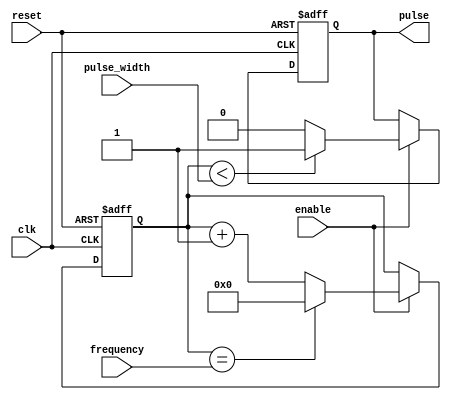
module Programmable_Pulse_Generator(
    input wire clk,
    input wire reset,
    input wire [31:0] pulse_width,
    input wire [31:0] frequency,
    input wire enable,
    output reg pulse
);

reg [31:0] count = 0;
reg [31:0] pulse_count = 0;
reg pulse_out = 0;

always @(posedge clk or posedge reset) begin
    if (reset) begin
        count <= 0;
        pulse_count <= 0;
        pulse_out <= 0;
    end else begin
        if (enable) begin
            if (count < pulse_width) begin
                pulse_out <= 1;
            end else begin
                pulse_out <= 0;
            end
            count <= count + 1;
            if (count == frequency) begin
                count <= 0;
                pulse_count <= pulse_count + 1;
            end
        end
    end
end

assign pulse = pulse_out;

endmodule